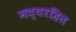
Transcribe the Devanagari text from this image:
मद्यरहित